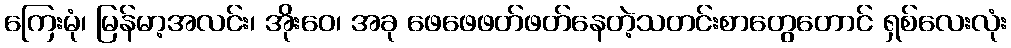
ကြေးမုံ၊ မြန်မာ့အလင်း၊ အိုးဝေ၊ အခု ဖေဖေဖတ်ဖတ်နေတဲ့သတင်းစာတွေတောင် ရှစ်လေးလုံး